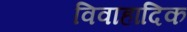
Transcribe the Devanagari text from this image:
विवाहादिक